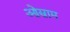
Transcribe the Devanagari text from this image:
ओस्राम